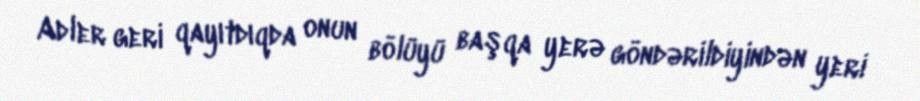
Adler geri qayıtdıqda onun bölüyü başqa yerə göndərildiyindən yeri